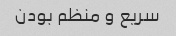
سریع و منظم بودن